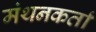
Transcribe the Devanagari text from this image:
मंथनकर्ता